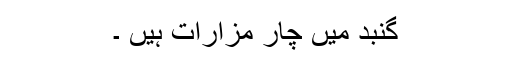
گنبد میں چار مزارات ہیں ۔